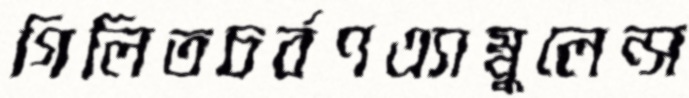
গিলিতচর্বণএ্যাম্বুলেন্স